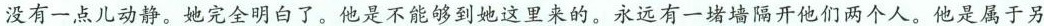
没有一点儿动静。她完全明白了。他是不能够到她这里来的。永远有一堵墙隔开他们两个人。他是属于另